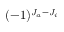
( - 1 ) ^ { J _ { a } - J _ { i } }